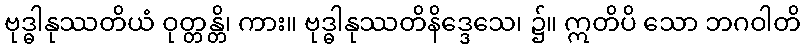
ဗုဒ္ဓါနုဿတိယံ ဝုတ္တန္တိ၊ ကား။ ဗုဒ္ဓါနုဿတိနိဒ္ဒေသေ၊ ၌။ ဣတိပိ သော ဘဂဝါတိ